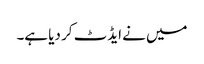
میں نے ایڈٹ کر دیا ہے۔